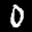
Label: 0